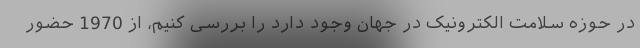
در حوزه سلامت الکترونیک در جهان وجود دارد را بررسی کنیم، از 1970 حضور